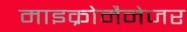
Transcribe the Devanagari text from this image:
माइक्रोमैनेजर